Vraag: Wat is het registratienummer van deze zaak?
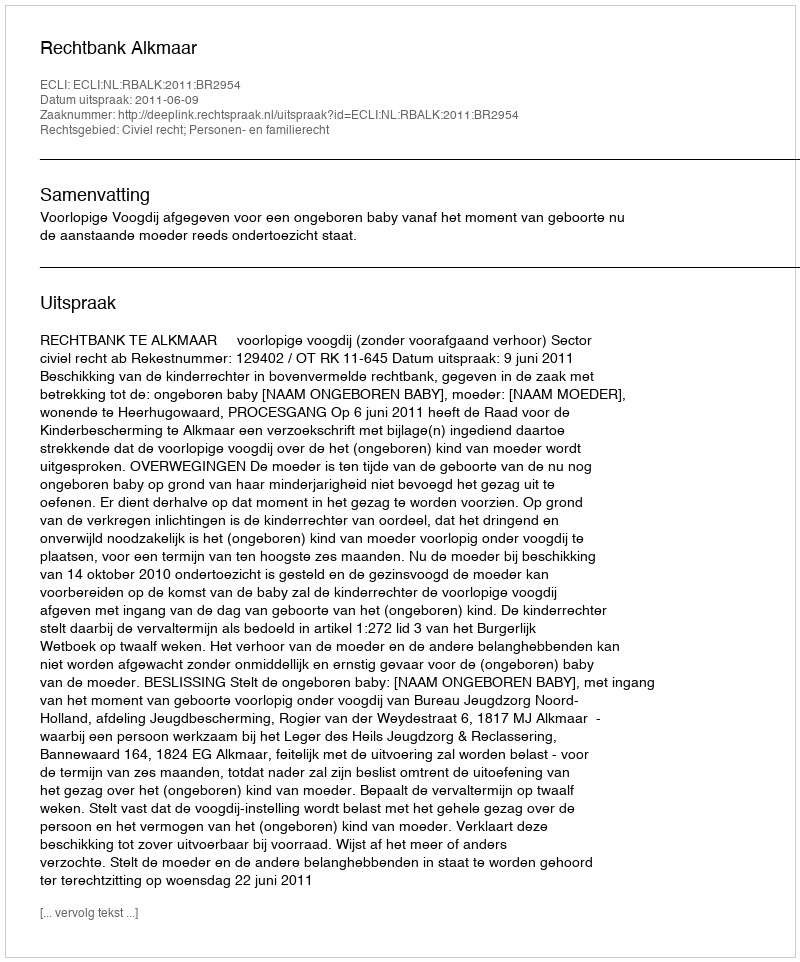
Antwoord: http://deeplink.rechtspraak.nl/uitspraak?id=ECLI:NL:RBALK:2011:BR2954